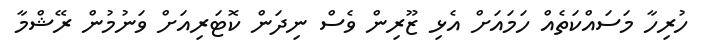
ހުރިހާ މަސައްކަތެއް ހަމައަށް އެޅި ޒޫރިން ވެސް ނިދަން ކޮޓަރިއަށް ވަނުމުން ރޭޝްމާ